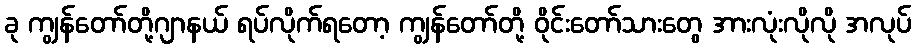
ခု ကျွန်တော်တို့ဂျာနယ် ရပ်လိုက်ရတော့ ကျွန်တော်တို့ ဝိုင်းတော်သားတွေ အားလုံးလိုလို အလုပ်